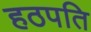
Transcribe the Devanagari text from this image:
हठपति